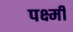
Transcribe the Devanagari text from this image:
पक्ष्मी